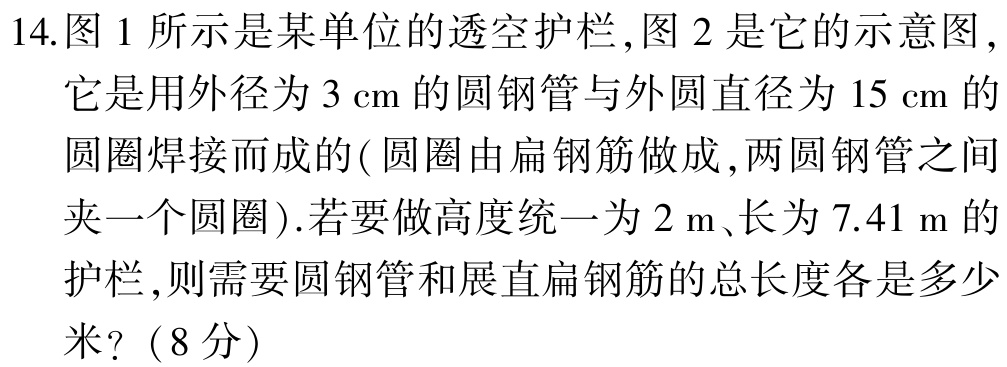
14.图1所示是某单位的透空护栏,图2是它的示意图,

它是用外径为3 cm的圆钢管与外圆直径为15 cm的

圆圈焊接而成的(圆圈由扁钢筋做成,两圆钢管之间

夹一个圆圈).若要做高度统一为2 m、长为7.41 m的

护栏,则需要圆钢管和展直扁钢筋的总长度各是多少

米?（8分）